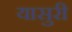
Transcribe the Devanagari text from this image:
यासुरी